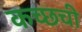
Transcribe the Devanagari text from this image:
कच्छची